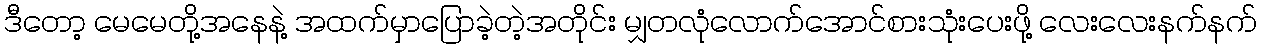
ဒီတော့ မေမေတို့အနေနဲ့ အထက်မှာပြောခဲ့တဲ့အတိုင်း မျှတလုံလောက်အောင်စားသုံးပေးဖို့ လေးလေးနက်နက်